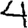
Digit: 4